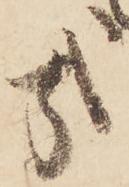
哉